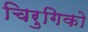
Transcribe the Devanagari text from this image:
चिरुगिको